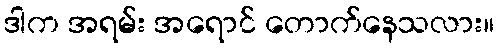
ဒါက အရမ်း အရောင် တောက်နေသလား။